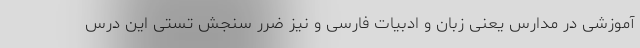
آموزشی در مدارس یعنی زبان و ادبیات فارسی و نیز ضرر سنجش تستی این درس